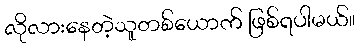
လိုလားနေတဲ့သူတစ်ယောက် ဖြစ်ရပါမယ်။